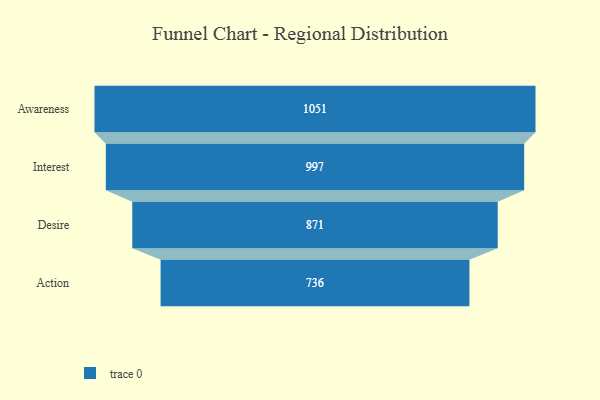
{"axis": {"x": "Stage", "y": "Value"}, "legend": [""], "data": [{"x": "Awareness", "y": 1051.0, "type": ""}, {"x": "Interest", "y": 997.0, "type": ""}, {"x": "Desire", "y": 871.0, "type": ""}, {"x": "Action", "y": 736.0, "type": ""}]}